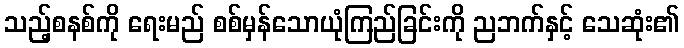
သည့်စနစ်ကို ရေးမည် စစ်မှန်သောယုံကြည်ခြင်းကို ညဘက်နှင့် သေဆုံး၏